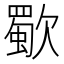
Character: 歜